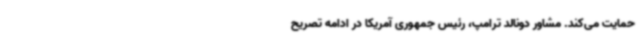
حمایت می‌کند. مشاور دونالد ترامپ، رئیس جمهوری آمریکا در ادامه تصریح